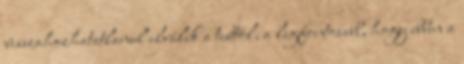
visszahozhatatlanul elválik a testtõl, a legfontosabb, hogy ebben a